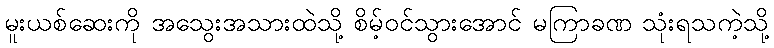
မူးယစ်ဆေးကို အသွေးအသားထဲသို့ စိမ့်ဝင်သွားအောင် မကြာခဏ သုံးရသကဲ့သို့